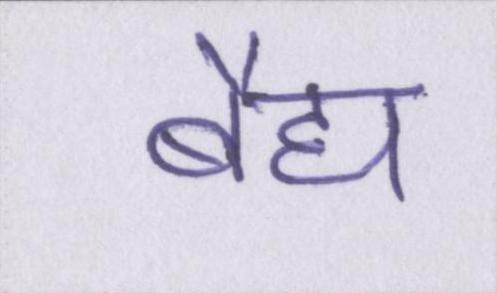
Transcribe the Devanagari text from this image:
बैद्य